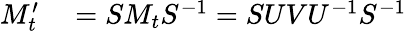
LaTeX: \begin{array}{rl}{M_{t}^{\prime}}&{{}=SM_{t}S^{-1}=SUVU^{-1}S^{-1}}\end{array}